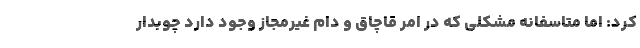
کرد: اما متاسفانه مشکلی که در امر قاچاق و دام غیرمجاز وجود دارد چوبدار